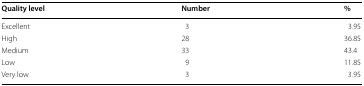
<table><thead><tr><td><b>Quality level</b></td><td><b>Number</b></td><td><b>%</b></td></tr></thead><tbody><tr><td>Excellent</td><td>3</td><td>3.95</td></tr><tr><td>High</td><td>28</td><td>36.85</td></tr><tr><td>Medium</td><td>33</td><td>43.4</td></tr><tr><td>Low</td><td>9</td><td>11.85</td></tr><tr><td>Very low</td><td>3</td><td>3.95</td></tr></tbody></table>